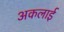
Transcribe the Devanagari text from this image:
अकलाई